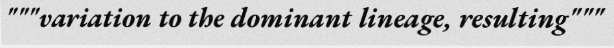
"""variation to the dominant lineage, resulting"""